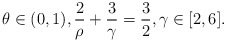
\begin{align*}\theta \in (0,1), \frac{2}{\rho}+\frac{3}{\gamma}=\frac{3}{2}, \gamma \in [2,6].\end{align*}